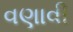
વણાવી